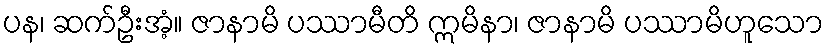
ပန၊ ဆက်ဦးအံ့။ ဇာနာမိ ပဿာမီတိ ဣမိနာ၊ ဇာနာမိ ပဿာမိဟူသော